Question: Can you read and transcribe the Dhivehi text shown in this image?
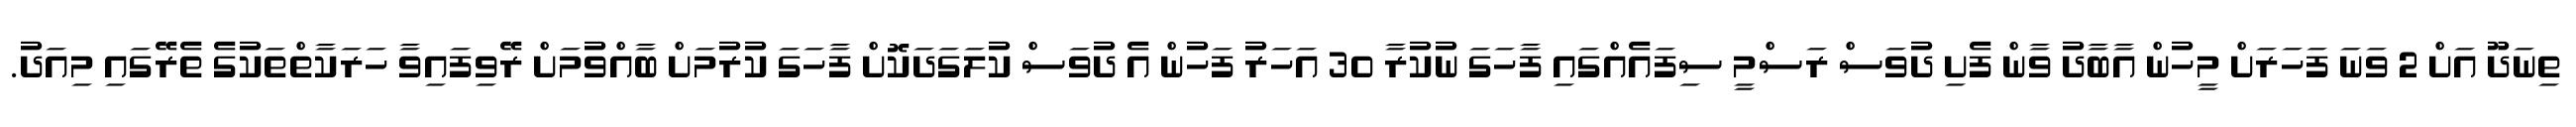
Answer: ތިނަދޫ އަށް 2 ވަނަ ފަހަރަށް މީހުން އާބާދު ވާން ފެށި ދުވަސް ރަސްމީ ސިފައެއްގައި ފާހަގަ ނުކުރާ 30 އަހަރު ފަހުން އެ ދުވަސް ކުލަގަދަކޮށް ފާހަގަ ކުރުމަށް ބާއްވުމަށް ރޭވިފައިވާ ހަރަކާތްތަކުގެ ތެރޭގައި މިއަދު.